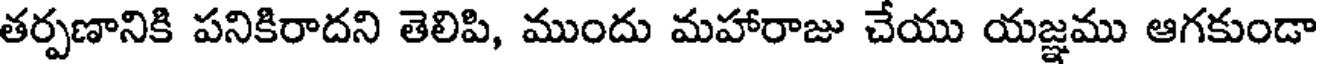
తర్పణానికి పనికిరాదని తెలిపి, ముందు మహారాజు చేయు యజ్ఞము ఆగకుండా